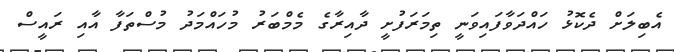
އެބިލަށް ދެކޮޅު ހައްދަވާފައިވަނީ ތިމަރަފުށީ ދާއިރާގެ މެމްބަރު މުހައްމަދު މުސްތަފާ އާއި ރައީސް